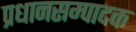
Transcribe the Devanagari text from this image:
प्रधानसम्पादक